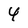
Character: 4